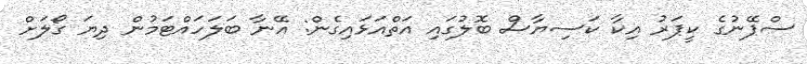
ސްޕޭނުގެ ކީޕަރު އިކާ ކަސިޔާސް ބޮލުގައި އަތްއަޅައިގެން: އޭނާ ބަލަހައްޓަމުން ދިޔަ ގޯލަށް